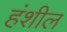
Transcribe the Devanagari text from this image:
हंशील